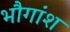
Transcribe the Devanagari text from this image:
भौगांश